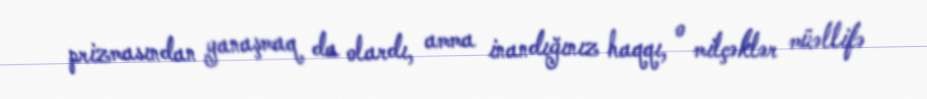
prizmasından yanaşmaq da olardı, amma inandığınız haqqı, o milçəklər müəllifə